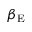
\beta _ { \mathrm { E } }